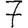
Digit: 7